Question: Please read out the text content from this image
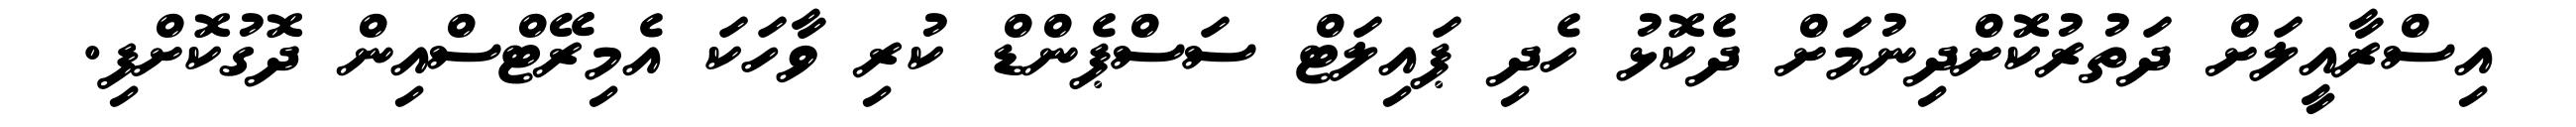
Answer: އިސްރާއީލަށް ދަތުރުކޮށްދިނުމަށް ދެކޮޅު ހެދި ޕައިލަޓް ސަސްޕެންޑް ކުރި ވާހަކަ އެމިރޭޓްސްއިން ދޮގުކޮށްފި.